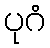
ပုဂံ